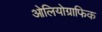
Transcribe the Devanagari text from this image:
ओलियोग्राफिक